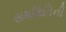
સમમિતિની